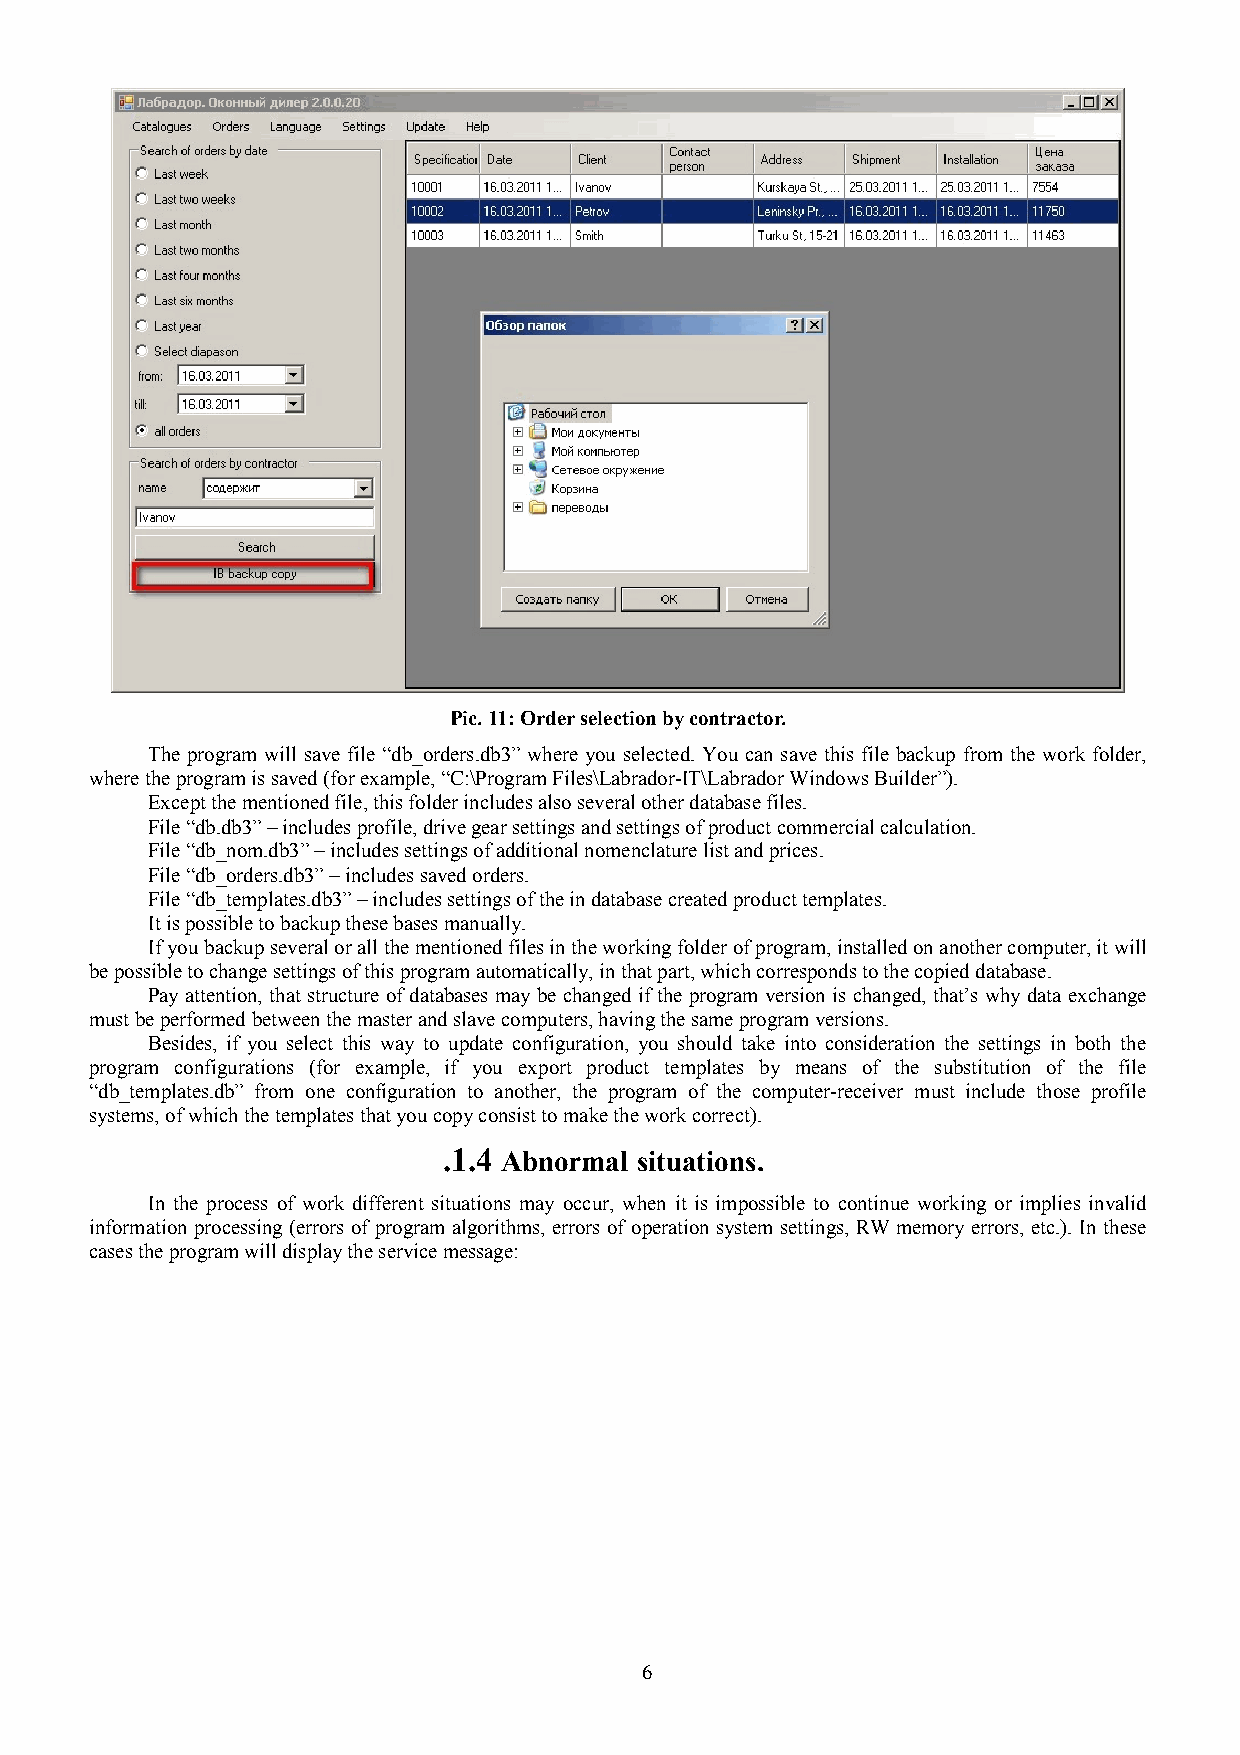
Pic. 11: Order selection by contractor.
 The program will save file “db_orders.db3” where you selected. You can save this file backup from the work folder,
 where the program is saved (for example, “C:\Program Files\Labrador-IT\Labrador Windows Builder”).
 Except the mentioned file, this folder includes also several other database files.
 File “db.db3” – includes profile, drive gear settings and settings of product commercial calculation.
 File “db_nom.db3” – includes settings of additional nomenclature list and prices.
 File “db_orders.db3” – includes saved orders.
 File “db_templates.db3” – includes settings of the in database created product templates.
 It is possible to backup these bases manually.
 If you backup several or all the mentioned files in the working folder of program, installed on another computer, it will
 be possible to change settings of this program automatically, in that part, which corresponds to the copied database.
 Pay attention, that structure of databases may be changed if the program version is changed, that’s why data exchange
 must be performed between the master and slave computers, having the same program versions.
 Besides, if you select this way to update configuration, you should take into consideration the settings in both the
 program configurations (for example, if you export product templates by means of the substitution of the file
 “db_templates.db” from one configuration to another, the program of the computer-receiver must include those profile
 systems, of which the templates that you copy consist to make the work correct).
 .1.4 Abnormal situations.
 In the process of work different situations may occur, when it is impossible to continue working or implies invalid
 information processing (errors of program algorithms, errors of operation system settings, RW memory errors, etc.). In these
 cases the program will display the service message:
 6